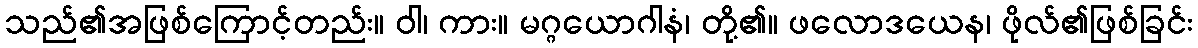
သည်၏အဖြစ်ကြောင့်တည်း။ ဝါ၊ ကား။ မဂ္ဂယောဂါနံ၊ တို့၏။ ဖလောဒယေန၊ ဖိုလ်၏ဖြစ်ခြင်း